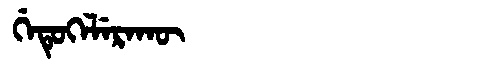
Manchu: ᡤᡝᡨᡠᡴᡝᠯᡝᡵᠠᡴᡡ
Romanization: GETUKELERAKŪ